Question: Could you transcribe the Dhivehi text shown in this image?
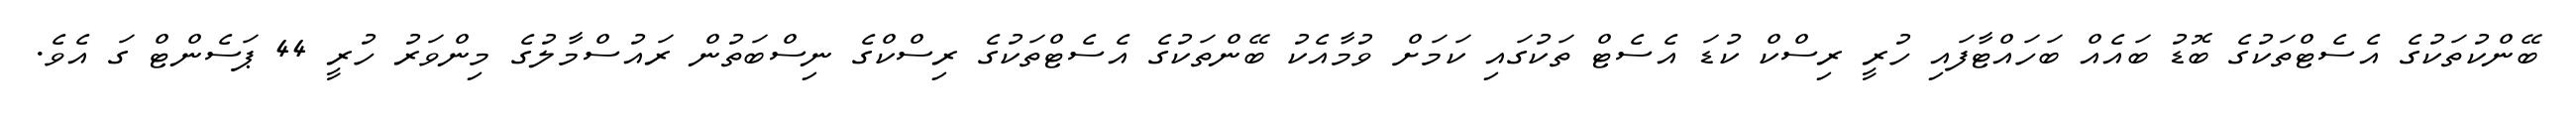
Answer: ބޭންކުތަކުގެ އެސެޓްތަކުގެ ބޮޑު ބައެއް ބަހައްޓާފައި ހުރީ ރިސްކް ކުޑަ އެސެޓް ތަކުގައި ކަމަށް ވުމާއެކު ބޭންތަކުގެ އެސެޓްތަކުގެ ރިސްކްގެ ނިސްބަތުން ރައުސްމާލުގެ މިންވަރު ހުރީ 44 ޕަސެންޓް ގަ އެވެ.